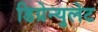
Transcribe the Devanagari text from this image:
डिग्रेन्युलेट